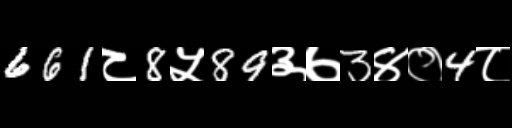
Text: 661८8५89३७3४०4८